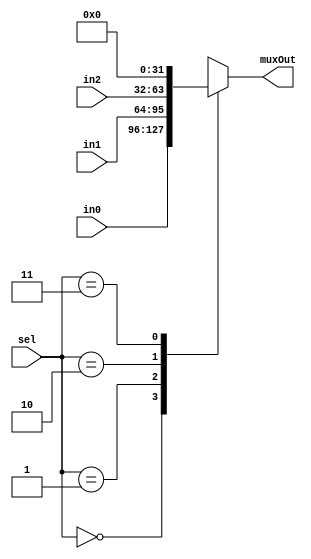
module mux3x1 (
    input [31:0] in0, in1, in2,
    input [1:0] sel,
    output reg [31:0] muxOut
);
    always @* begin
        case (sel)
          2'b00  : muxOut <= in0;
          2'b01  : muxOut <= in1;
          2'b10  : muxOut <= in2;
          2'b11  : muxOut <= 32'b0;
        endcase
    end

endmodule